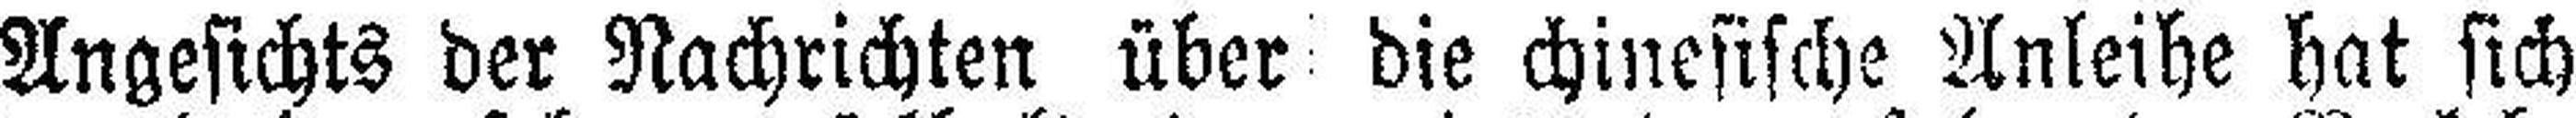
Angesichts der Nachrichten über die chinesische Anleihe hat sich